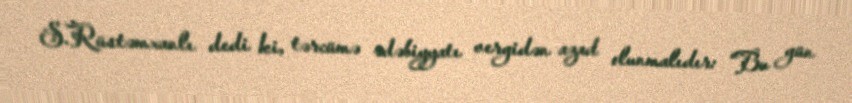
S.Rüstəmxanlı dedi ki, tərcümə ədəbiyyatı vergidən azad olunmalıdır: “Bu gün